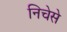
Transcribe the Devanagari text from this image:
निचेसे